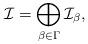
LaTeX: \begin{align*}\mathcal{I}=\bigoplus_{\beta\in \Gamma} \mathcal{I}_\beta,\end{align*}